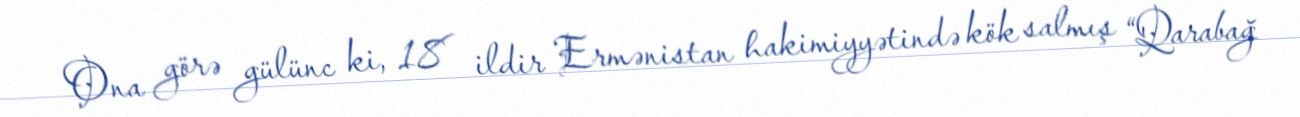
Ona görə gülünc ki, 18 ildir Ermənistan hakimiyyətində kök salmış “Qarabağ